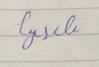
Signature authenticity: forged